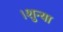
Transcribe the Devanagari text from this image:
।शुन्या